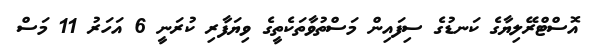
އޮސްޓްރޭލިޔާގެ ކަނޑުގެ ސިފައިން މަސްތުވާތަކެތީގެ ވިޔަފާރި ކުރަނީ 6 އަހަރު 11 މަސް